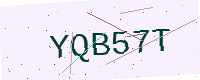
Text: YQB57T